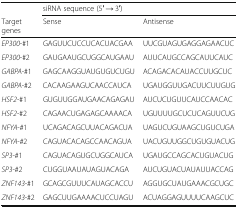
|  | <COLSPAN=2> siRNA sequence (5′ → 3′) |
 | Target genes | Sense | Antisense |
 | --- | --- | --- |
 | EP300-#1 | GAGUUCUCCUCACUACGAA | UUCGUAGUGAGGAGAACUC |
 | EP300-#2 | GAUGAAUGCUGGCAUGAAU | AUUCAUGCCAGCAUUCAUC |
 | GABPA-#1 | GAGCAAGGUAUGUGUCUGU | ACAGACACAUACCUUGCUC |
 | GABPA-#2 | CACAAGAAGUCAACCAUCA | UGAUGGUUGACUUCUUGUG |
 | HSF2-#1 | GUGUUGGAUGAACAGAGAU | AUCUCUGUUCAUCCAACAC |
 | HSF2-#2 | CAGAACUGAGAGCAAAACA | UGUUUUGCUCUCAGUUCUG |
 | NFYA-#1 | UCAGACAGCUUACAGACUA | UAGUCUGUAAGCUGUCUGA |
 | NFYA-#2 | CAGUACACAGCCAACAGUA | UACUGUUGGCUGUGUACUG |
 | SP3-#1 | CAGUACAGUGCUGGCAUCA | UGAUGCCAGCACUGUACUG |
 | SP3-#2 | CUGGUAAUAUAGUACAGA | AUCUGUACUAUAUUACCAG |
 | ZNF143-#1 | GCAGCGUUUCAUAGCACCU | AGGUGCUAUGAAACGCUGC |
 | ZNF143-#2 | GAGCUUGAAAACUCCUAGU | ACUAGGAGUUUUCAAGCUC |